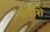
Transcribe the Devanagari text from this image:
प्रदशि